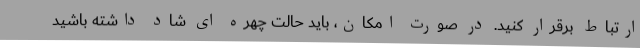
ارتباط برقرار کنید. در صورت امکان، باید حالت چهره ای شاد داشته باشید